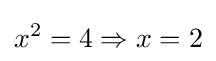
x^{2}=4\Rightarrow x=2